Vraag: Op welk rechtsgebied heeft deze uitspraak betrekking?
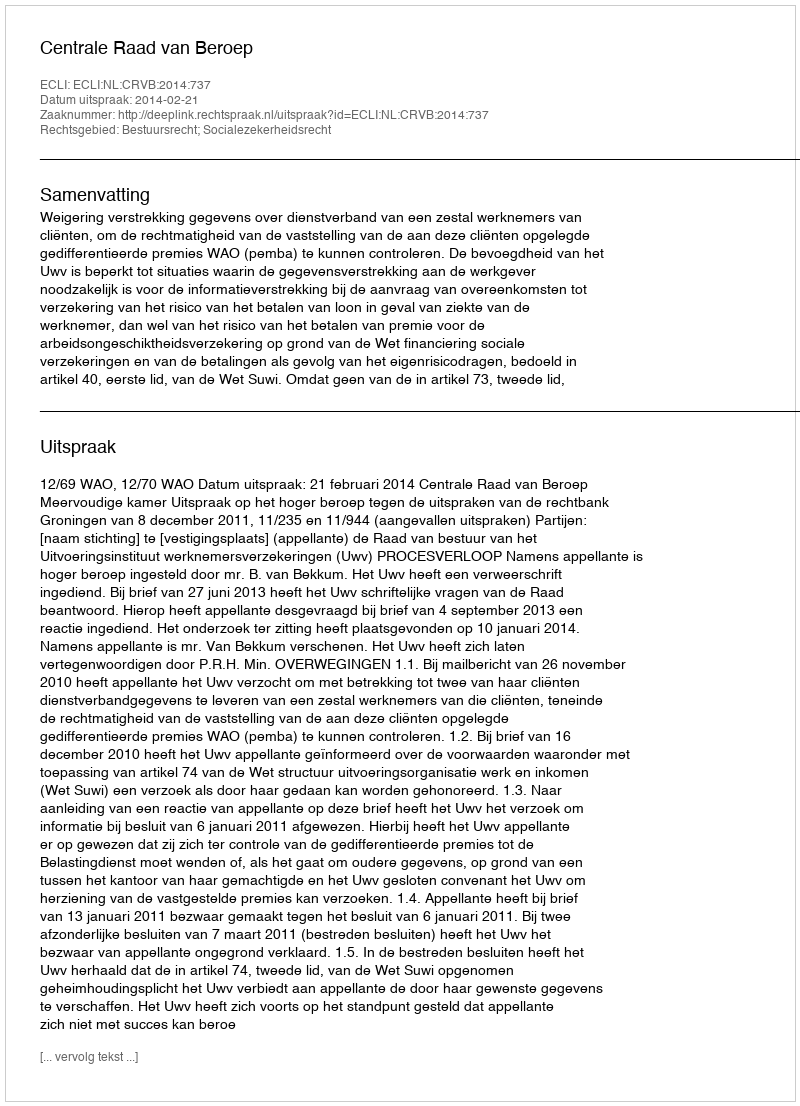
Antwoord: Bestuursrecht; Socialezekerheidsrecht